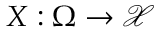
X : \Omega \rightarrow { \mathcal { X } }